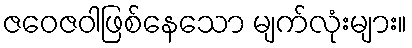
ဇဝေဇဝါဖြစ်နေသော မျက်လုံးများ။